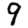
Digit: 9